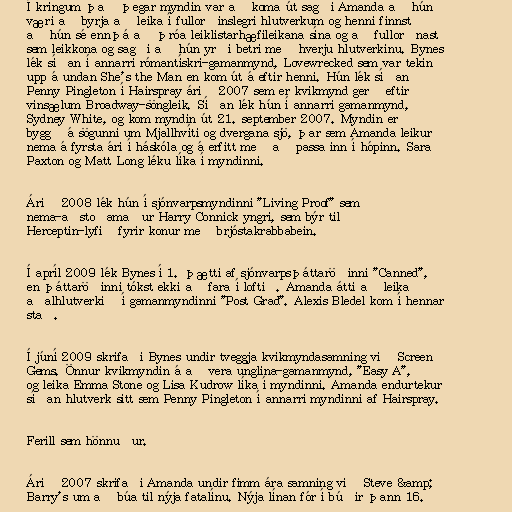
Í kringum það þegar myndin var að koma út sagði Amanda að hún
væri að byrja að leika í fullorðinslegri hlutverkum og henni finnst
að hún sé ennþá að þróa leiklistarhæfileikana sína og að fullorðnast
sem leikkona og sagði að hún yrði betri með hverju hlutverkinu. Bynes
lék síðan í annarri rómantískri-gamanmynd, Lovewrecked sem var tekin
upp á undan She's the Man en kom út á eftir henni. Hún lék síðan
Penny Pingleton í Hairspray árið 2007 sem er kvikmynd gerð eftir
vinsælum Broadway-söngleik. Síðan lék hún í annarri gamanmynd,
Sydney White, og kom myndin út 21. september 2007. Myndin er
byggð á sögunni um Mjallhvíti og dvergana sjö, þar sem Amanda leikur
nema á fyrsta ári í háskóla og á erfitt með að passa inn í hópinn. Sara
Paxton og Matt Long léku líka í myndinni.

Árið 2008 lék hún í sjónvarpsmyndinni "Living Proof" sem
nema-aðstoðamaður Harry Connick yngri, sem býr til
Herceptin-lyfið fyrir konur með brjóstakrabbabein.

Í apríl 2009 lék Bynes í 1. þætti af sjónvarpsþáttaröðinni "Canned",
en þáttaröðinni tókst ekki að fara í loftið. Amanda átti að leika
aðalhlutverkið í gamanmyndinni "Post Grad". Alexis Bledel kom í hennar
stað.

Í júní 2009 skrifaði Bynes undir tveggja kvikmyndasamning við Screen
Gems. Önnur kvikmyndin á að vera unglina-gamanmynd, "Easy A",
og leika Emma Stone og Lisa Kudrow líka í myndinni. Amanda endurtekur
síðan hlutverk sitt sem Penny Pingleton í annarri myndinni af Hairspray.

Ferill sem hönnuður.

Árið 2007 skrifaði Amanda undir fimm ára samning við Steve &amp;
Barry's um að búa til nýja fatalínu. Nýja línan fór í búðir þann 16.